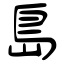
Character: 島